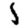
Digit: 1